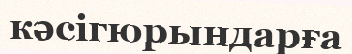
кәсігюрындарға